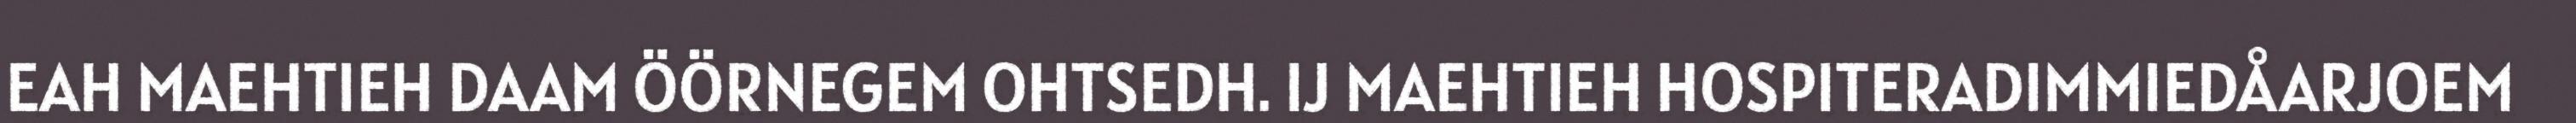
EAH MAEHTIEH DAAM ÖÖRNEGEM OHTSEDH. IJ MAEHTIEH HOSPITERADIMMIEDÅARJOEM